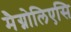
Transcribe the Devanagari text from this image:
मैग्नोलिएसि